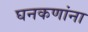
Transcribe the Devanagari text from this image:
घनकणांना